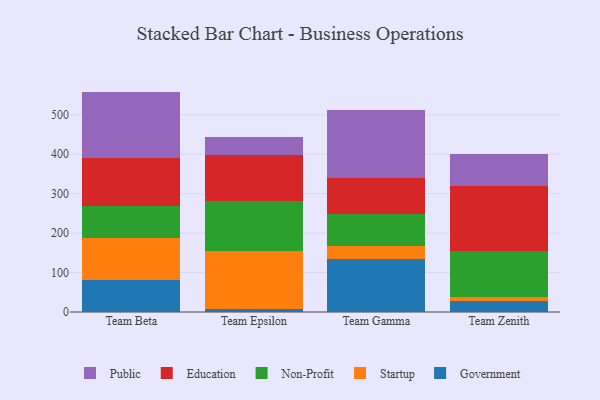
{"axis": {"x": "Team", "y": "Tickets Resolved"}, "legend": ["Education", "Government", "Non-Profit", "Public", "Startup"], "data": [{"x": "Team Beta", "y": 80.0, "type": "Government"}, {"x": "Team Beta", "y": 107.0, "type": "Startup"}, {"x": "Team Beta", "y": 81.1, "type": "Non-Profit"}, {"x": "Team Beta", "y": 122.9, "type": "Education"}, {"x": "Team Beta", "y": 167.7, "type": "Public"}, {"x": "Team Epsilon", "y": 6.4, "type": "Government"}, {"x": "Team Epsilon", "y": 147.4, "type": "Startup"}, {"x": "Team Epsilon", "y": 127.6, "type": "Non-Profit"}, {"x": "Team Epsilon", "y": 116.3, "type": "Education"}, {"x": "Team Epsilon", "y": 45.4, "type": "Public"}, {"x": "Team Gamma", "y": 133.8, "type": "Government"}, {"x": "Team Gamma", "y": 32.8, "type": "Startup"}, {"x": "Team Gamma", "y": 81.4, "type": "Non-Profit"}, {"x": "Team Gamma", "y": 90.6, "type": "Education"}, {"x": "Team Gamma", "y": 174.3, "type": "Public"}, {"x": "Team Zenith", "y": 27.6, "type": "Government"}, {"x": "Team Zenith", "y": 11.3, "type": "Startup"}, {"x": "Team Zenith", "y": 115.0, "type": "Non-Profit"}, {"x": "Team Zenith", "y": 165.6, "type": "Education"}, {"x": "Team Zenith", "y": 80.5, "type": "Public"}]}